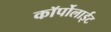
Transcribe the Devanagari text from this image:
कॉर्पोलाईट